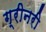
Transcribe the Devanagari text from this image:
ग्रीनरी